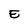
Character: E